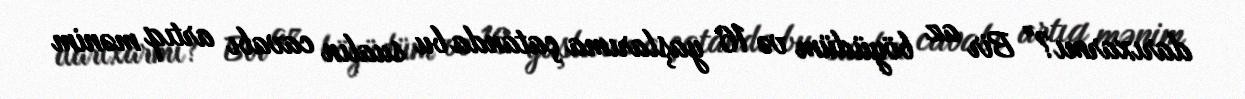
darıxarmı?” Bir az böyüdüm və 16 yaşlarıma çatanda bu sualın cavabı artıq mənim